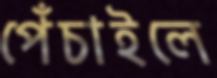
পেঁচাইলে